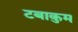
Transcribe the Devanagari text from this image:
टबाकुम